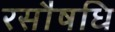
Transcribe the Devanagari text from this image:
रसौषधि